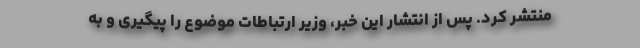
منتشر کرد. پس از انتشار این خبر، وزیر ارتباطات موضوع را پیگیری و به